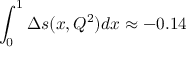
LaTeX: \int _ { 0 } ^ { 1 } \Delta s ( x , Q ^ { 2 } ) d x \approx - 0 . 1 4